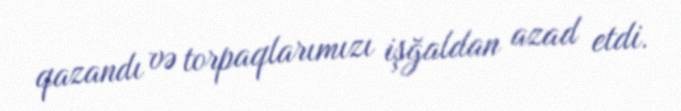
qazandı və torpaqlarımızı işğaldan azad etdi.